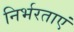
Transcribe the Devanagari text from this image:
निर्भरताएं